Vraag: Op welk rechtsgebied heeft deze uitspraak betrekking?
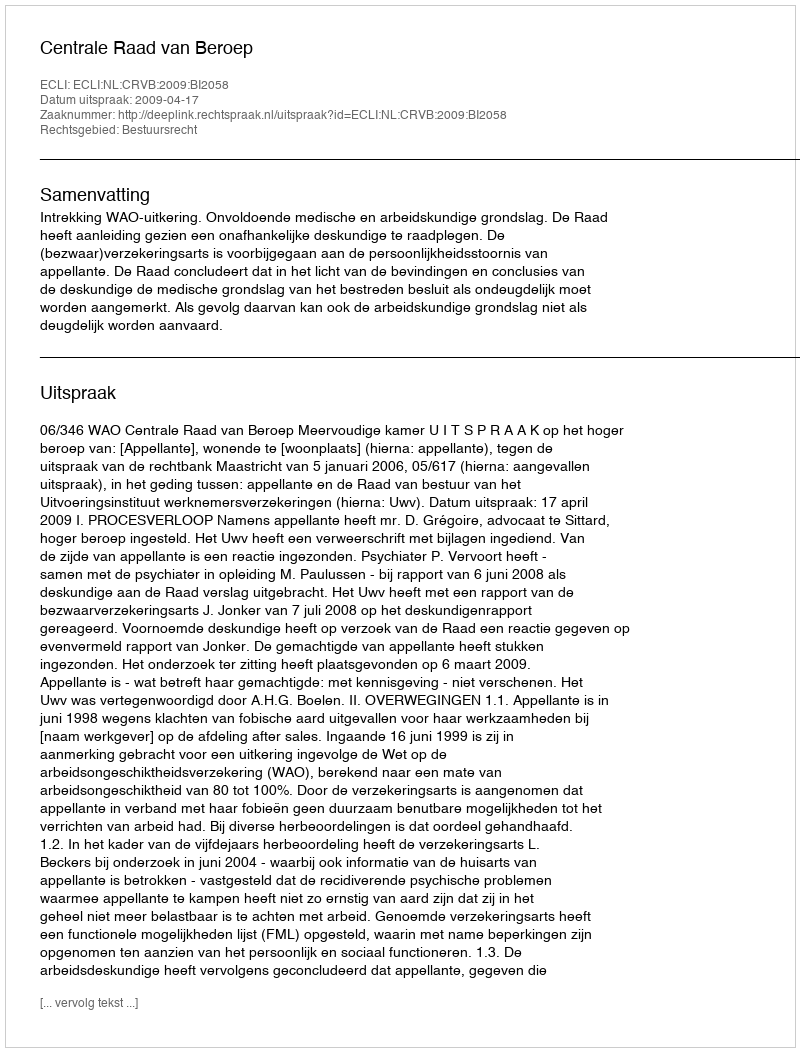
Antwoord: Bestuursrecht